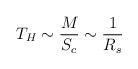
LaTeX: \begin{align*}T_H \sim \frac{M}{S_c} \sim \frac{1}{R_s}\end{align*}